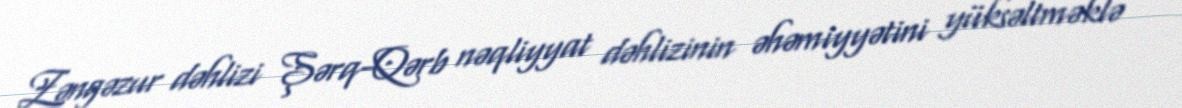
Zəngəzur dəhlizi Şərq-Qərb nəqliyyat dəhlizinin əhəmiyyətini yüksəltməklə